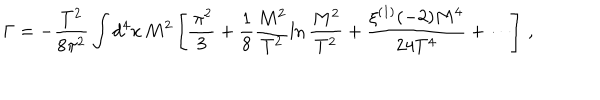
\Gamma = - \frac { T ^ { 2 } } { 8 \pi ^ { 2 } } \int d ^ { 4 } x \, M ^ { 2 } \left[ \frac { \, \pi ^ { 2 } } { 3 } + \frac { 1 } { 8 } \frac { M ^ { 2 } } { T ^ { 2 } } \ln \frac { M ^ { 2 } } { T ^ { 2 } } + \frac { \xi ^ { ( 1 ) } ( - 2 ) M ^ { 4 } } { 2 4 T ^ { 4 } } + \cdots \right] \, ,